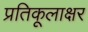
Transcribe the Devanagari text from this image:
प्रतिकूलाक्षर